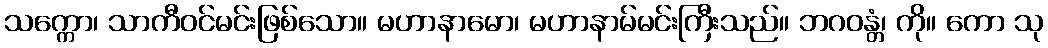
သက္ကော၊ သာကီဝင်မင်းဖြစ်သော။ မဟာနာမော၊ မဟာနာမ်မင်းကြီးသည်။ ဘဂဝန္တံ၊ ကို။ ကော သု